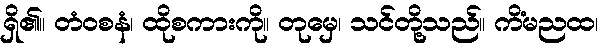
ရှိ၏။ တံဝစနံ၊ ထိုစကားကို။ တုမှေ၊ သင်တို့သည်။ ကိံမညထ၊